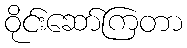
ဝိုင်းဆော်ကြတာ